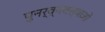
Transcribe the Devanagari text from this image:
पुनर्व्यवस्थाओं